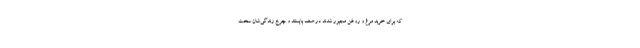
که برای خرید مرغ و روغن مجبور شدند در صف بایستند و چرخ زندگی‌شان سخت